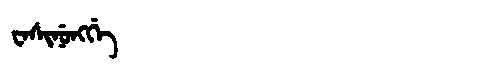
Manchu: ᠸᠠᠰᡳᠨᡠᠩᡤᡝ
Romanization: WASINUNGGE